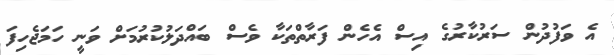
އެ ވަފުދުން ސަރުކާރުގެ އިސް އެހެން ފަރާތްތަކާ ވެސް ބައްދަލުކުރުމަށް ވަނީ ހަމަޖެހިފަ